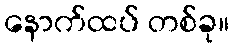
နောက်ထပ် တစ်ခု။